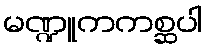
မဏ္ဍူကကစ္ဆပါ